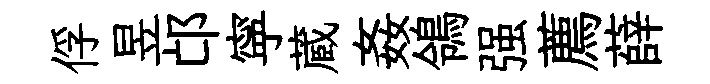
俘昱邙寜蔵姦鴒强薦薛